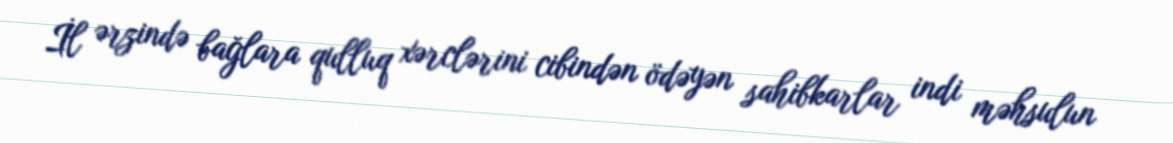
İl ərzində bağlara qulluq xərclərini cibindən ödəyən sahibkarlar indi məhsulun